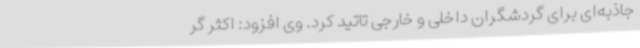
جاذبه‌ای برای گردشگران داخلی و خارجی تاتید کرد. وی افزود: اکثر گر